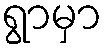
ရွာမှာ